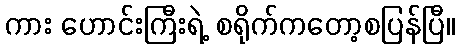
ကား ဟောင်းကြီးရဲ့ စရိုက်ကတော့စပြန်ပြီ။